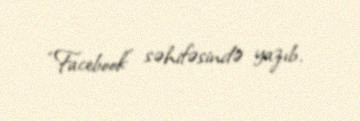
“Facebook” səhifəsində yazıb.